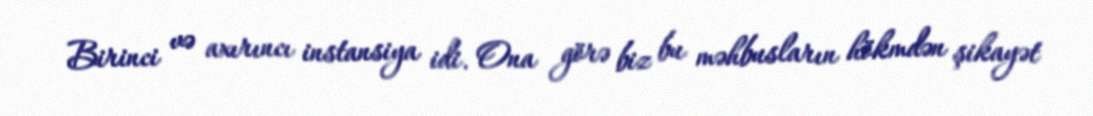
Birinci və axırıncı instansiya idi. Ona görə biz bu məhbusların hökmdən şikayət